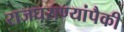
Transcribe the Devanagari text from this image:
राजघराण्यांपैकी